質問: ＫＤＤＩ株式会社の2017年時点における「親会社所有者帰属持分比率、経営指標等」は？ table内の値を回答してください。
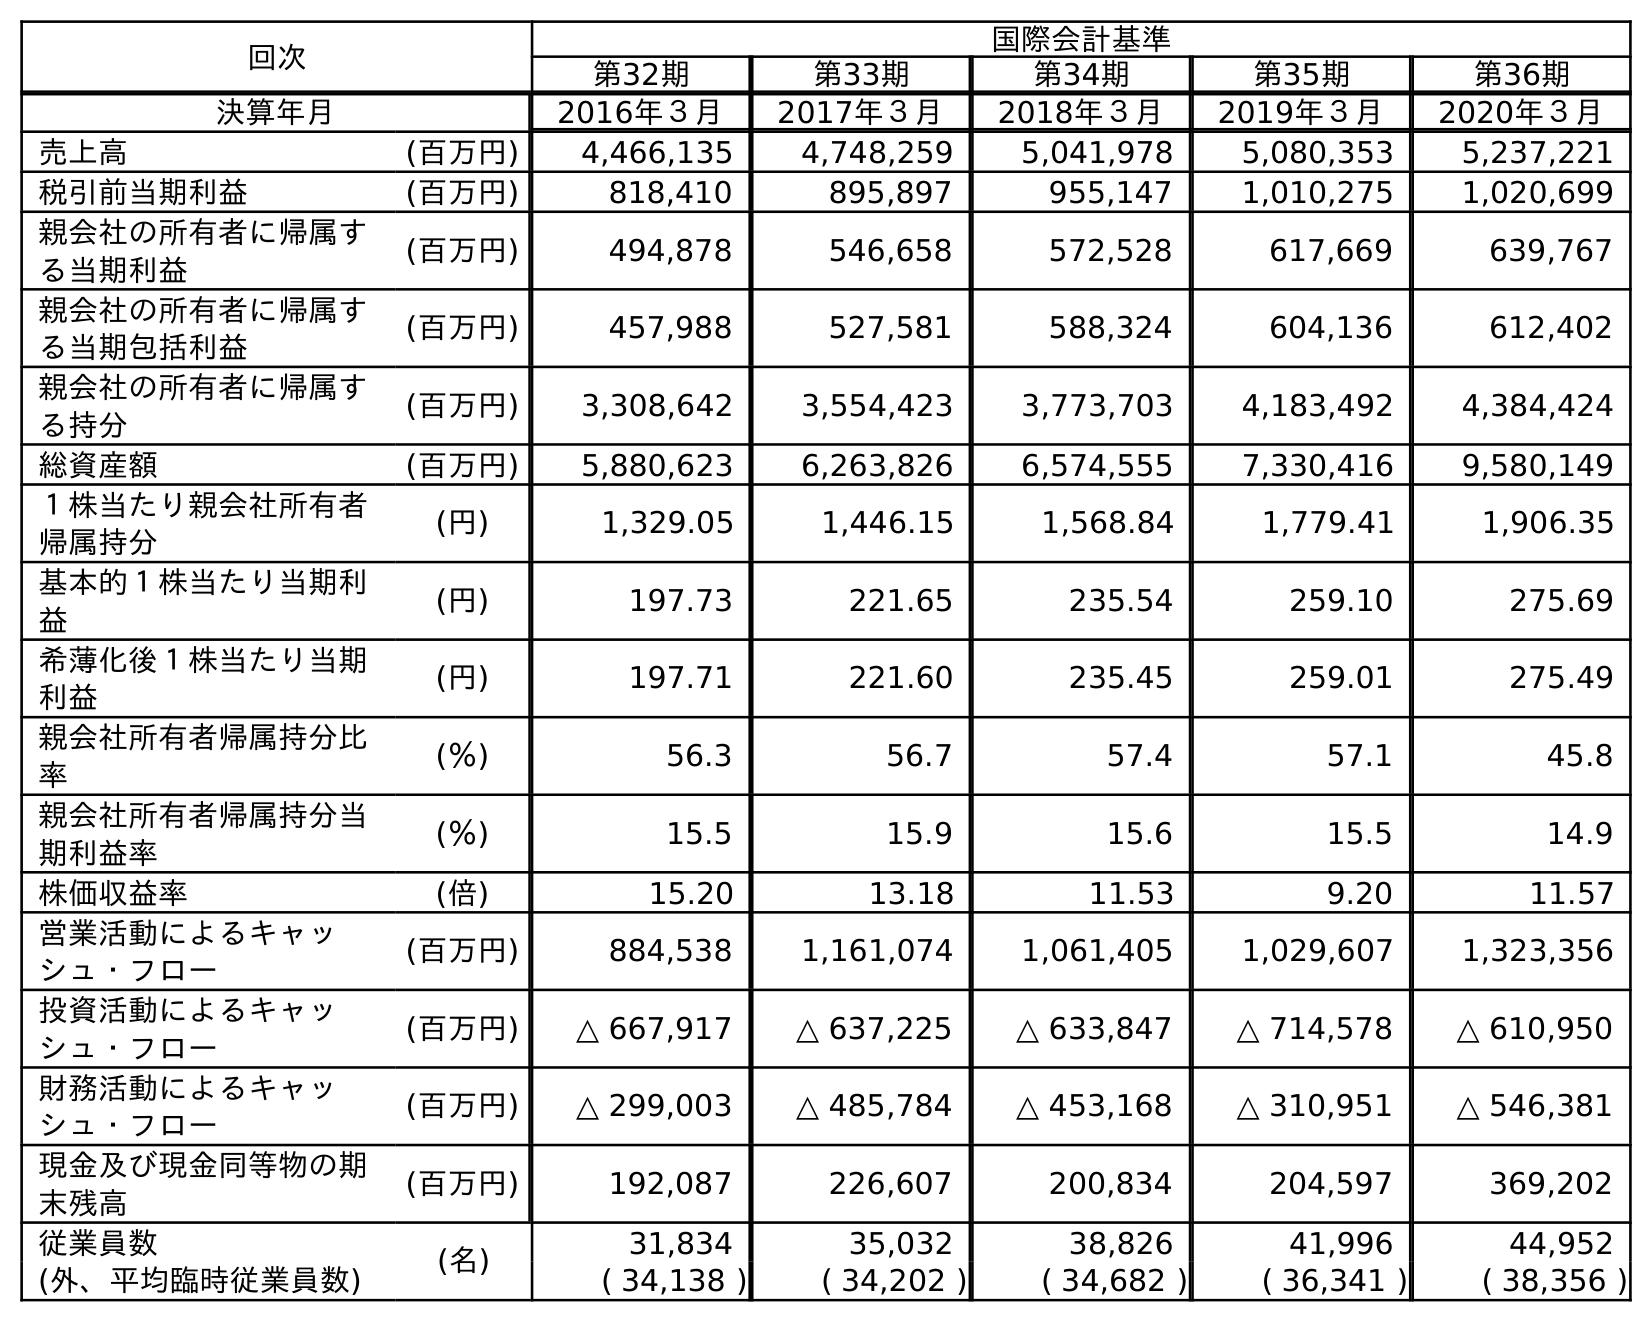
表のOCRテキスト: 回次 国際会計基準 第32期 第33期 第34期 第35期 第36期 決算年月 2016年３月 2017年３月 2018年３月 2019年３月 2020年３月 売上高 (百万円) 4,466,135 4,748,259 5,041,978 5,080,353 5,237,221 税引前当期利益 (百万円) 818,410 895,897 955,147 1,010,275 1,020,699 親会社の所有者に帰属す る当期利益 (百万円) 494,878 546,658 572,528 617,669 639,767 親会社の所有者に帰属す る当期包括利益 (百万円) 457,988 527,581 588,324 604,136 612,402 親会社の所有者に帰属す る持分 (百万円) 3,308,642 3,554,423 3,773,703 4,183,492 4,384,424 総資産額 (百万円) 5,880,623 6,263,826 6,574,555 7,330,416 9,580,149 １株当たり親会社所有者 帰属持分 (円) 1,329.05 1,446.15 1,568.84 1,779.41 1,906.35 基本的１株当たり当期利 益 (円) 197.73 221.65 235.54 259.10 275.69 希薄化後１株当たり当期 利益 (円) 197.71 221.60 235.45 259.01 275.49 親会社所有者帰属持分比 率 (％) 56.3 56.7 57.4 57.1 45.8 親会社所有者帰属持分当 期利益率 (％) 15.5 15.9 15.6 15.5 14.9 株価収益率 (倍) 15.20 13.18 11.53 9.20 11.57 営業活動によるキャッ シュ・フロー (百万円) 884,538 1,161,074 1,061,405 1,029,607 1,323,356 投資活動によるキャッ シュ・フロー (百万円) △ 667,917 △ 637,225 △ 633,847 △ 714,578 △ 610,950 財務活動によるキャッ シュ・フロー (百万円) △ 299,003 △ 485,784 △ 453,168 △ 310,951 △ 546,381 現金及び現金同等物の期 末残高 (百万円) 192,087 226,607 200,834 204,597 369,202 従業員数 (名) 31,834 35,032 38,826 41,996 44,952 (外、平均臨時従業員数) ( 34,138 ) ( 34,202 ) ( 34,682 ) ( 36,341 ) ( 38,356 )
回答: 56.7